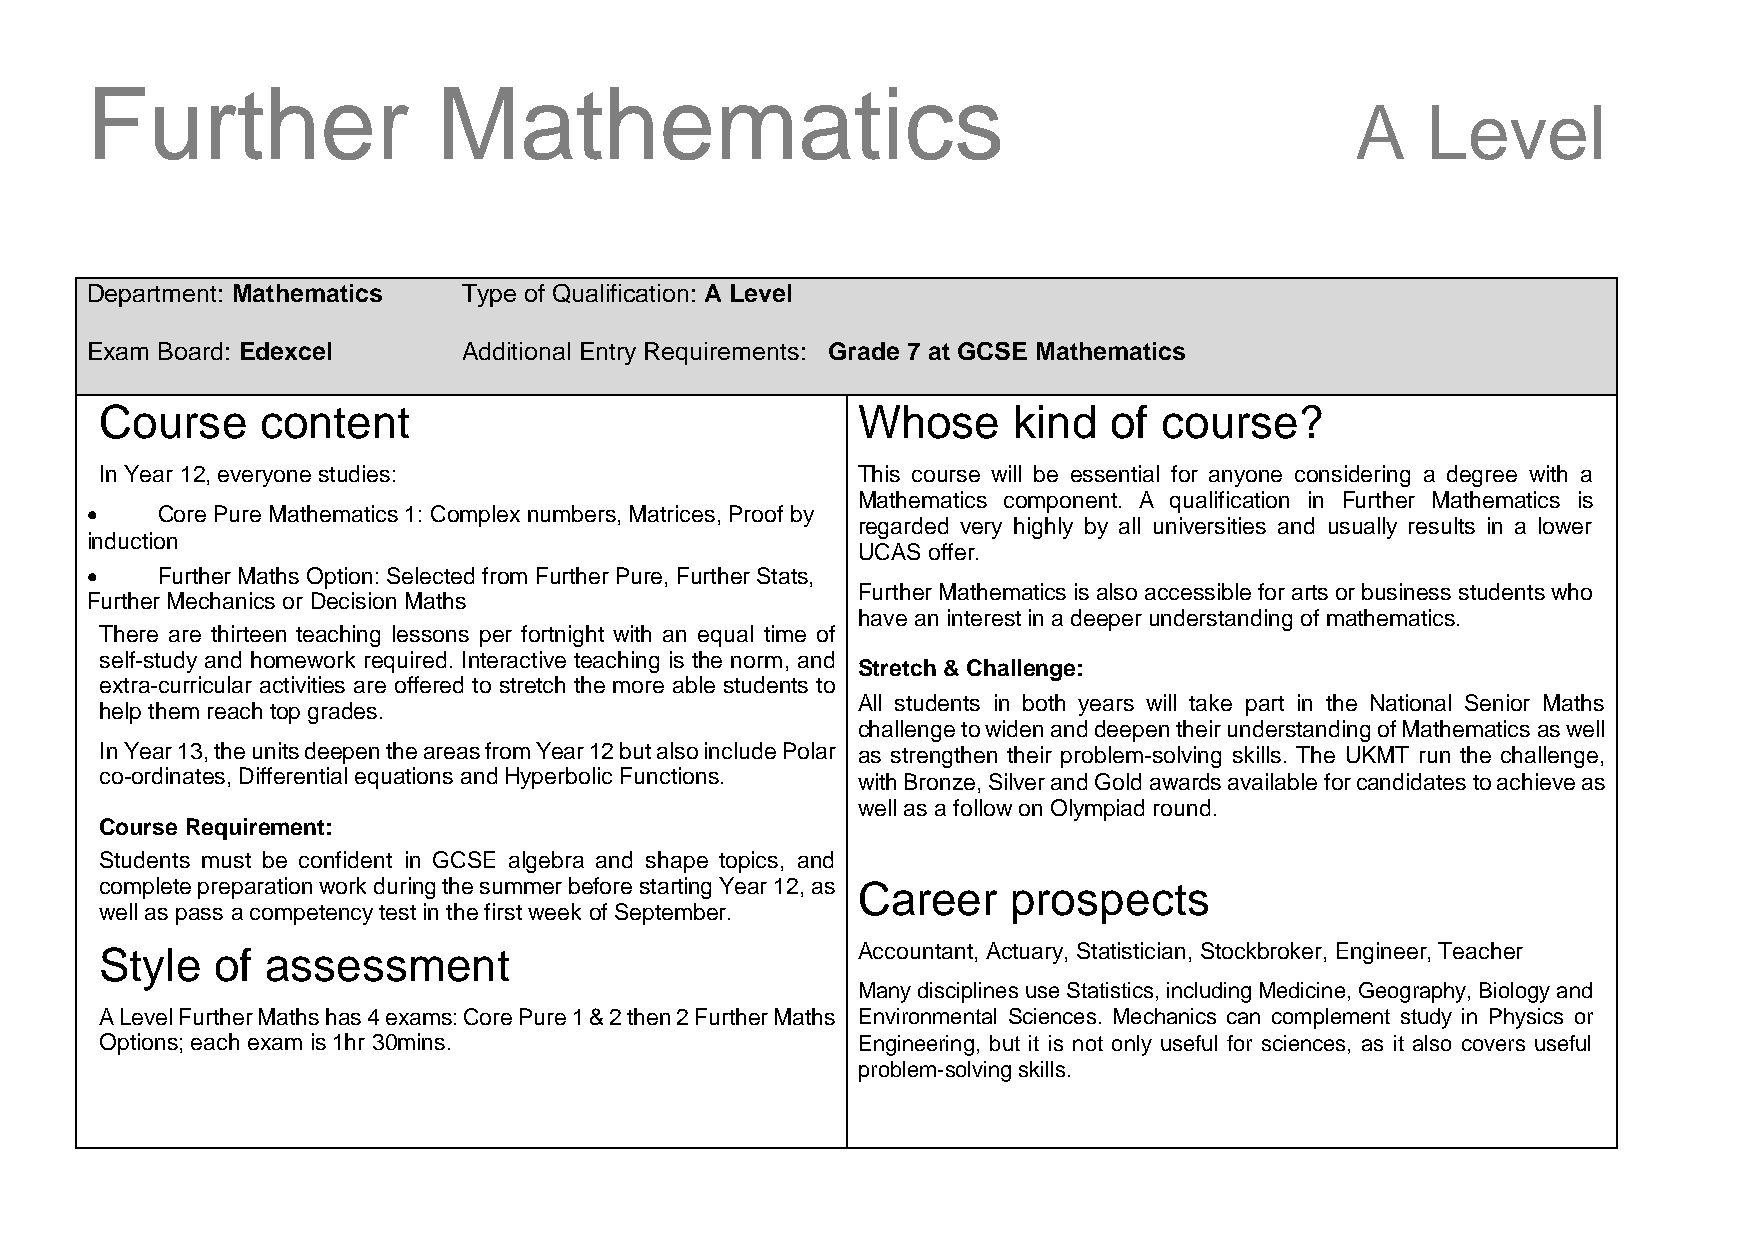
Further                Mathematics
 A   Level
 Department: Mathematics  Type of Qualification: A Level
 Exam Board: Edexcel      Additional Entry Requirements: Grade 7 at GCSE Mathematics
 Course    content                                 Whose     kind  of  course?
 In Year 12, everyone studies:                     This course will be essential for anyone considering a degree with a
 Mathematics component. A qualification in Further Mathematics is
    Core Pure Mathematics 1: Complex numbers, Matrices, Proof by
 regarded very highly by all universities and usually results in a lower
 induction
                                                   UCAS offer.
    Further Maths Option: Selected from Further Pure, Further Stats,
 Further Mathematics is also accessible for arts or business students who
 Further Mechanics or Decision Maths
 have an interest in a deeper understanding of mathematics.
 There are thirteen teaching lessons per fortnight with an equal time of
 self-study and homework required. Interactive teaching is the norm, and
 Stretch & Challenge:
 extra-curricular activities are offered to stretch the more able students to
 All students in both years will take part in the National Senior Maths
 help them reach top grades.
 challenge to widen and deepen their understanding of Mathematics as well
 In Year 13, the units deepen the areas from Year 12 but also include Polar as strengthen their problem-solving skills. The UKMT run the challenge,
 co-ordinates, Differential equations and Hyperbolic Functions. with Bronze, Silver and Gold awards available for candidates to achieve as
 well as a follow on Olympiad round.
 Course Requirement:
 Students must be confident in GCSE algebra and shape topics, and
 complete preparation work during the summer before starting Year 12, as Career prospects
 well as pass a competency test in the first week of September.
 Style  of  assessment                             Accountant, Actuary, Statistician, Stockbroker, Engineer, Teacher
 Many disciplines use Statistics, including Medicine, Geography, Biology and
 A Level Further Maths has 4 exams: Core Pure 1 & 2 then 2 Further Maths Environmental Sciences. Mechanics can complement study in Physics or
 Options; each exam is 1hr 30mins.                 Engineering, but it is not only useful for sciences, as it also covers useful
 problem-solving skills.